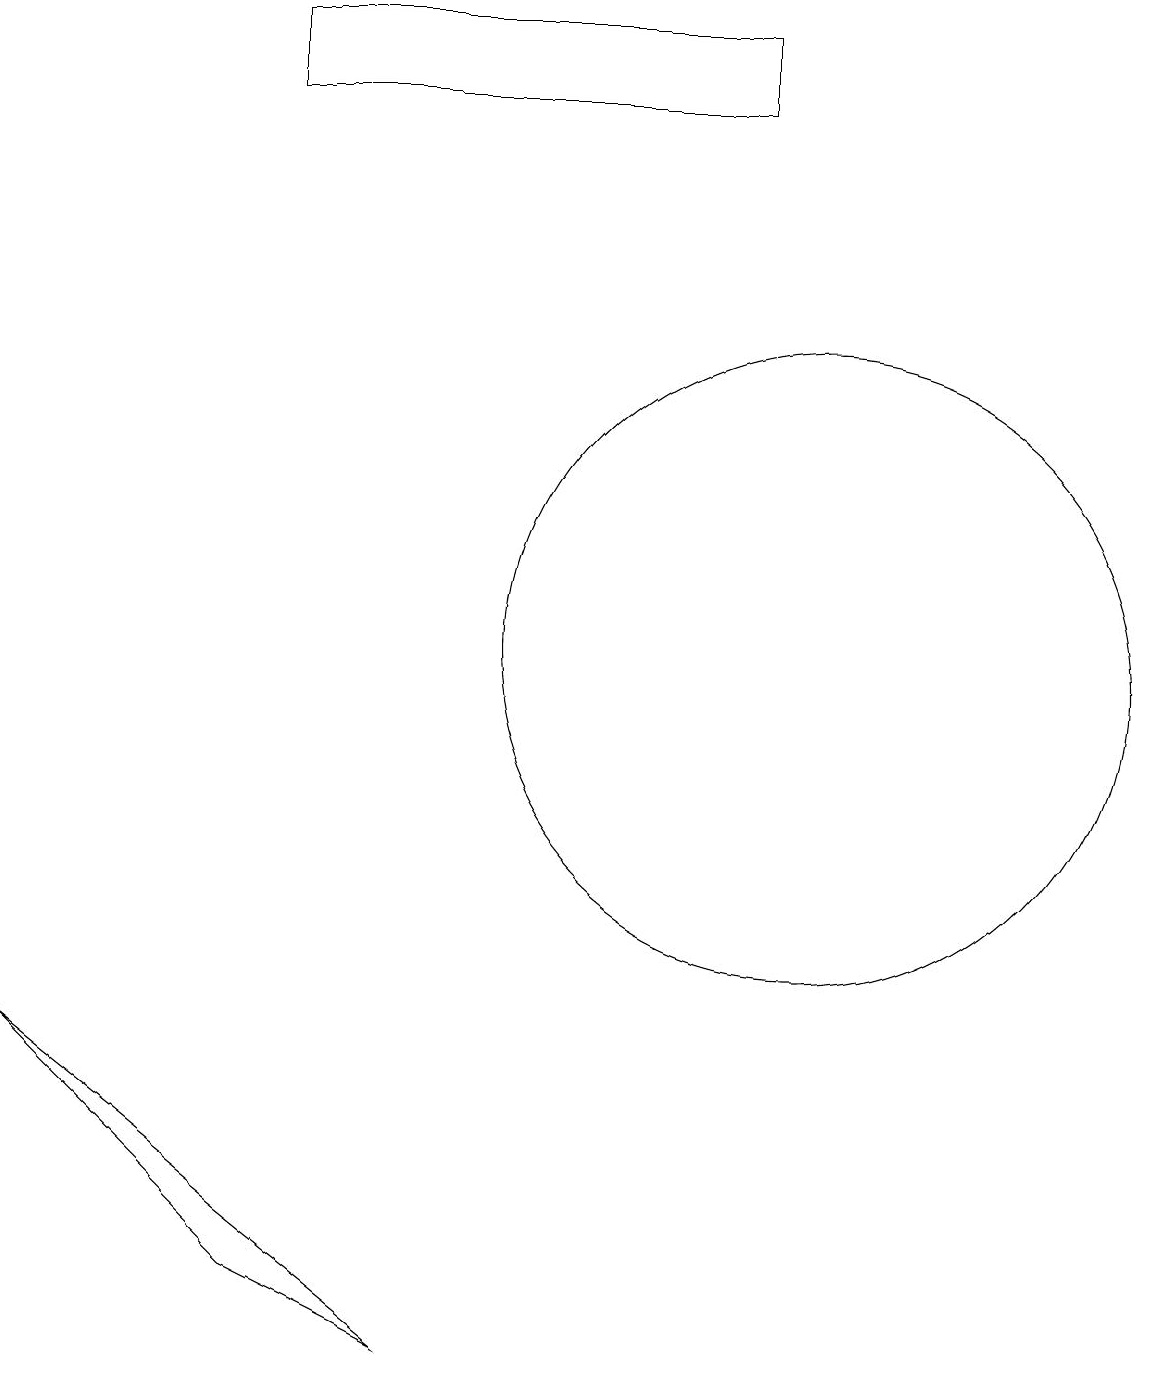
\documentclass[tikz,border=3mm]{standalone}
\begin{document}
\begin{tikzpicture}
\draw (10,11) circle (4);
\draw (0,6) -- (5,2) -- (3,3) -- cycle;
\draw (3,18) rectangle (9,19);
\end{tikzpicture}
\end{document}